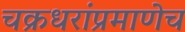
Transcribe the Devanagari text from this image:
चक्रधरांप्रमाणेच